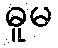
ဓူမ